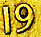
19